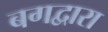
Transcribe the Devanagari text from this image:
बगद्वारा